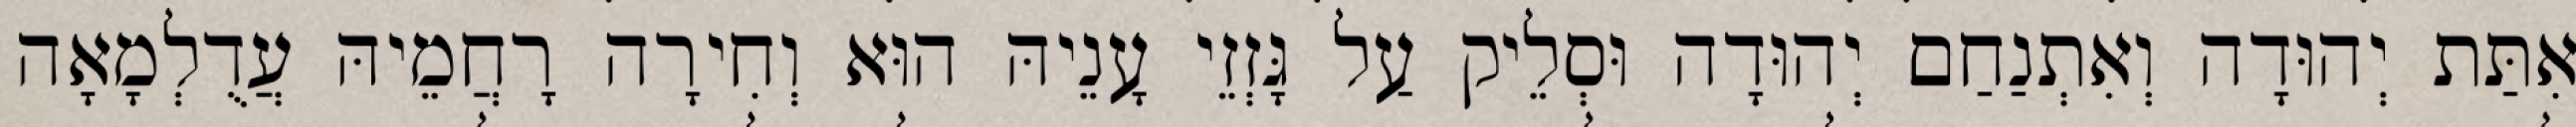
אִתַּת יְהוּדָה וְאִתְנַחַם יְהוּדָה וּסְלֵיק עַל גָּזְזֵי עָנֵיהּ הוּא וְחִירָה רָחֲמֵיהּ עֲדֻלְמָאָה